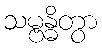
သမ္ဗန္ဓိတွာ